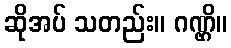
ဆိုအပ် သတည်း။ ဂဏ္ဌိ။